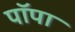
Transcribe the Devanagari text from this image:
पॉपा